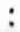
: